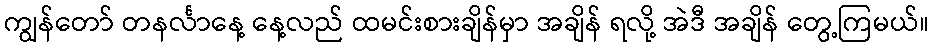
ကျွန်တော် တနင်္လာနေ့ နေ့လည် ထမင်းစားချိန်မှာ အချိန် ရလို့ အဲဒီ အချိန် တွေ့ကြမယ်။